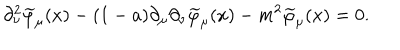
LaTeX: \partial _ { \nu } ^ { 2 } \widetilde { \varphi } _ { \mu } ( x ) - ( 1 - a ) \partial _ { \mu } \partial _ { \nu } \widetilde { \varphi } _ { \mu } ( x ) - m ^ { 2 } \widetilde { \varphi } _ { \mu } ( x ) = 0 .